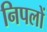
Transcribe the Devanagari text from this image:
निपलों